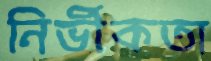
নির্ভীকতা